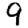
Digit: 9